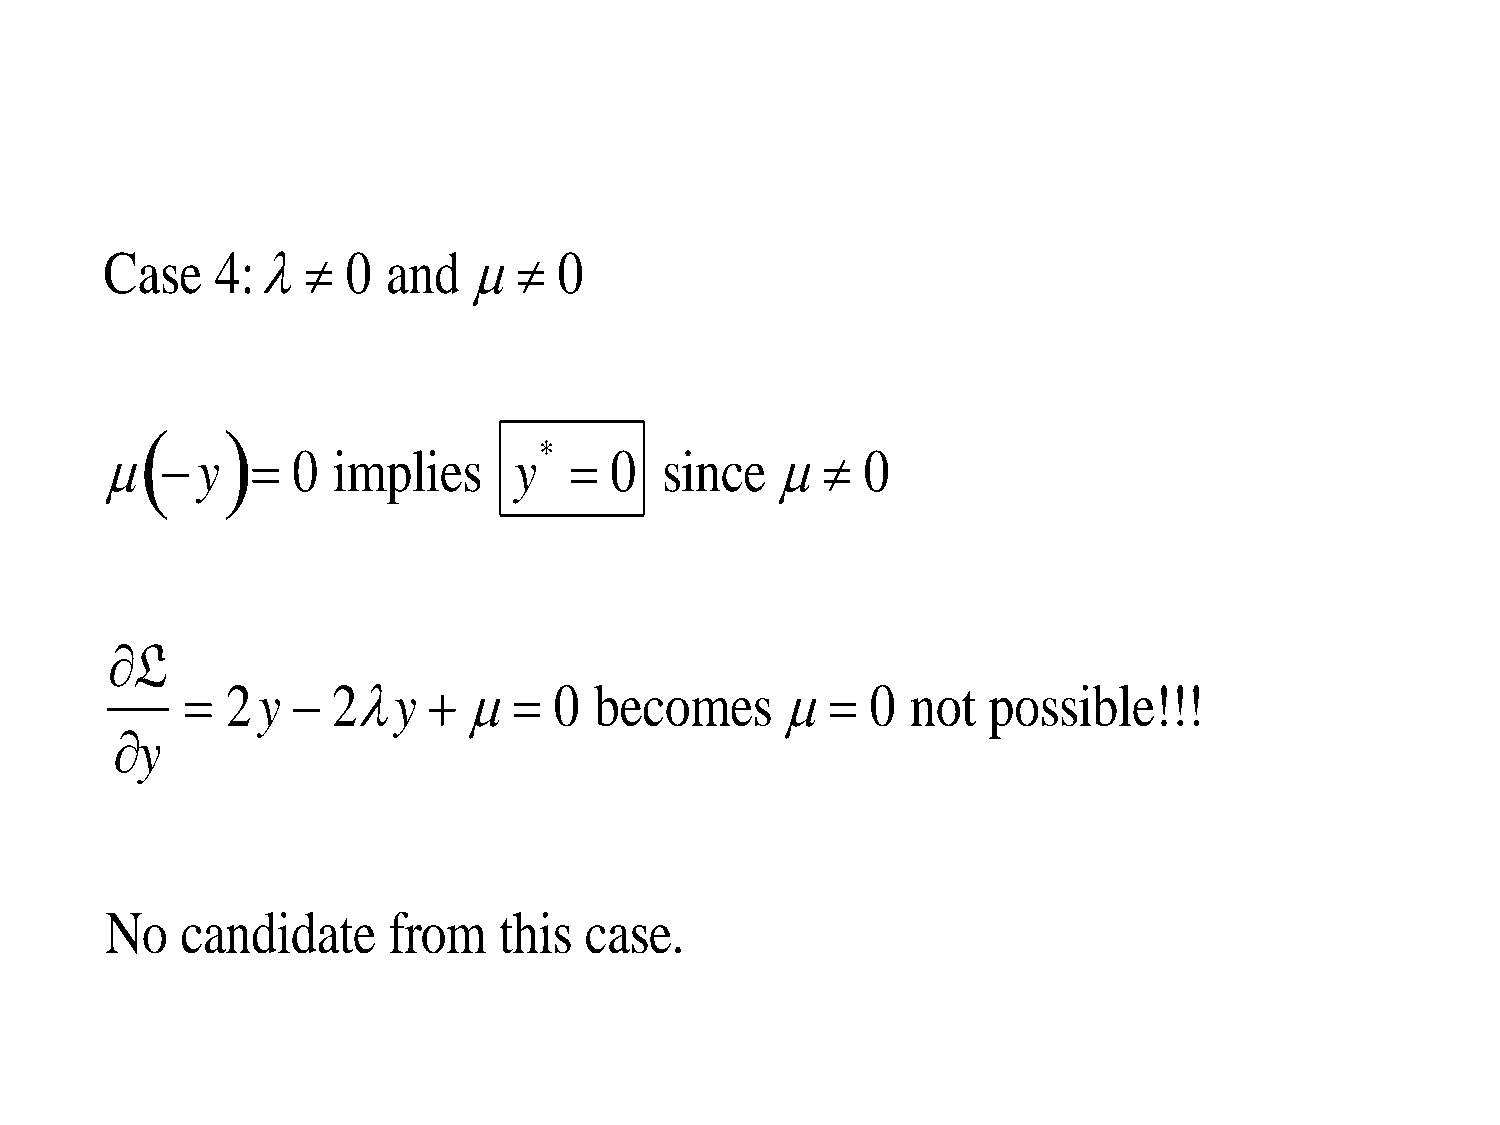
Case   4:     0  and      0
      
 *
     y    0  implies     y    0   since      0
 L
   2y    2y         0 becomes          0 not  possible!!!
 y
 No   candidate     from   this  case.